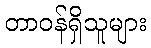
တာဝန်ရှိသူများ